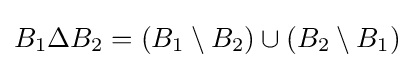
B_{1}\Delta B_{2}=(B_{1}\setminus B_{2})\cup (B_{2}\setminus B_{1})